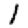
Digit: 1